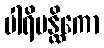
ပါရိပန္ထိကော